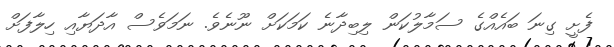
ފެށީ ގިނަ ބައެއްގެ ސަމާލުކަން ލިބިދާނެ ކަމަކަށް ނޫނެވެ. ނަމަވެސް އާދަޔާއި ހިލާފަށް